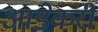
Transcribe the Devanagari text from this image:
आडेकरी